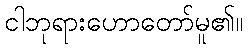
ငါဘုရားဟောတော်မူ၏။